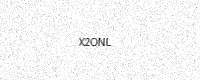
Text: X2ONL